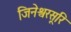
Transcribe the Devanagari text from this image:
जिनेश्वरसूरि